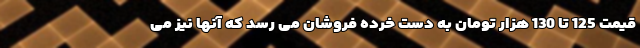
قیمت 125 تا 130 هزار تومان به دست خرده فروشان می رسد که آنها نیز می